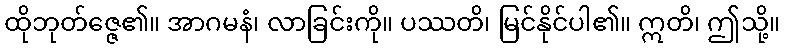
ထိုဘုတ်ဇ္ဇေ၏။ အာဂမနံ၊ လာခြင်းကို။ ပဿတိ၊ မြင်နိုင်ပါ၏။ ဣတိ၊ ဤသို့။